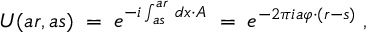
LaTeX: U ( a r , a s ) \; = \; e ^ { - i \int _ { a s } ^ { a r } \, d x \cdot A } \; = \; e ^ { - 2 \pi i a \varphi \cdot ( r - s ) } \; ,